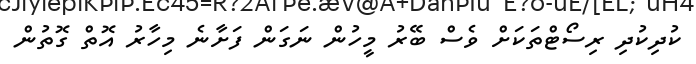
ކުދިކުދި ރިސޯޓްތަކަށް ވެސް ބޭރު މީހުން ނަގަން ފަށާނެ މިހާރު އޮތް ގޮތުން